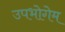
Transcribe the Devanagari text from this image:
उपभोगेम